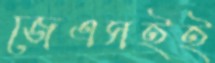
জেএসইই